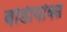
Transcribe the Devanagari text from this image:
बोर्डीयोक्स